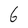
Character: 6